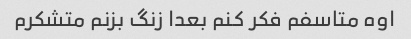
اوه متاسفم فکر کنم بعدا زنگ بزنم متشکرم